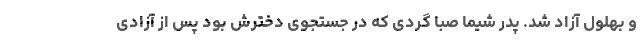
و بهلول آزاد شد. پدر شیما صبا گردی که در جستجوی دخترش بود پس از آزادی